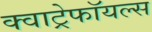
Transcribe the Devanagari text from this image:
क्वाट्रेफॉयल्स